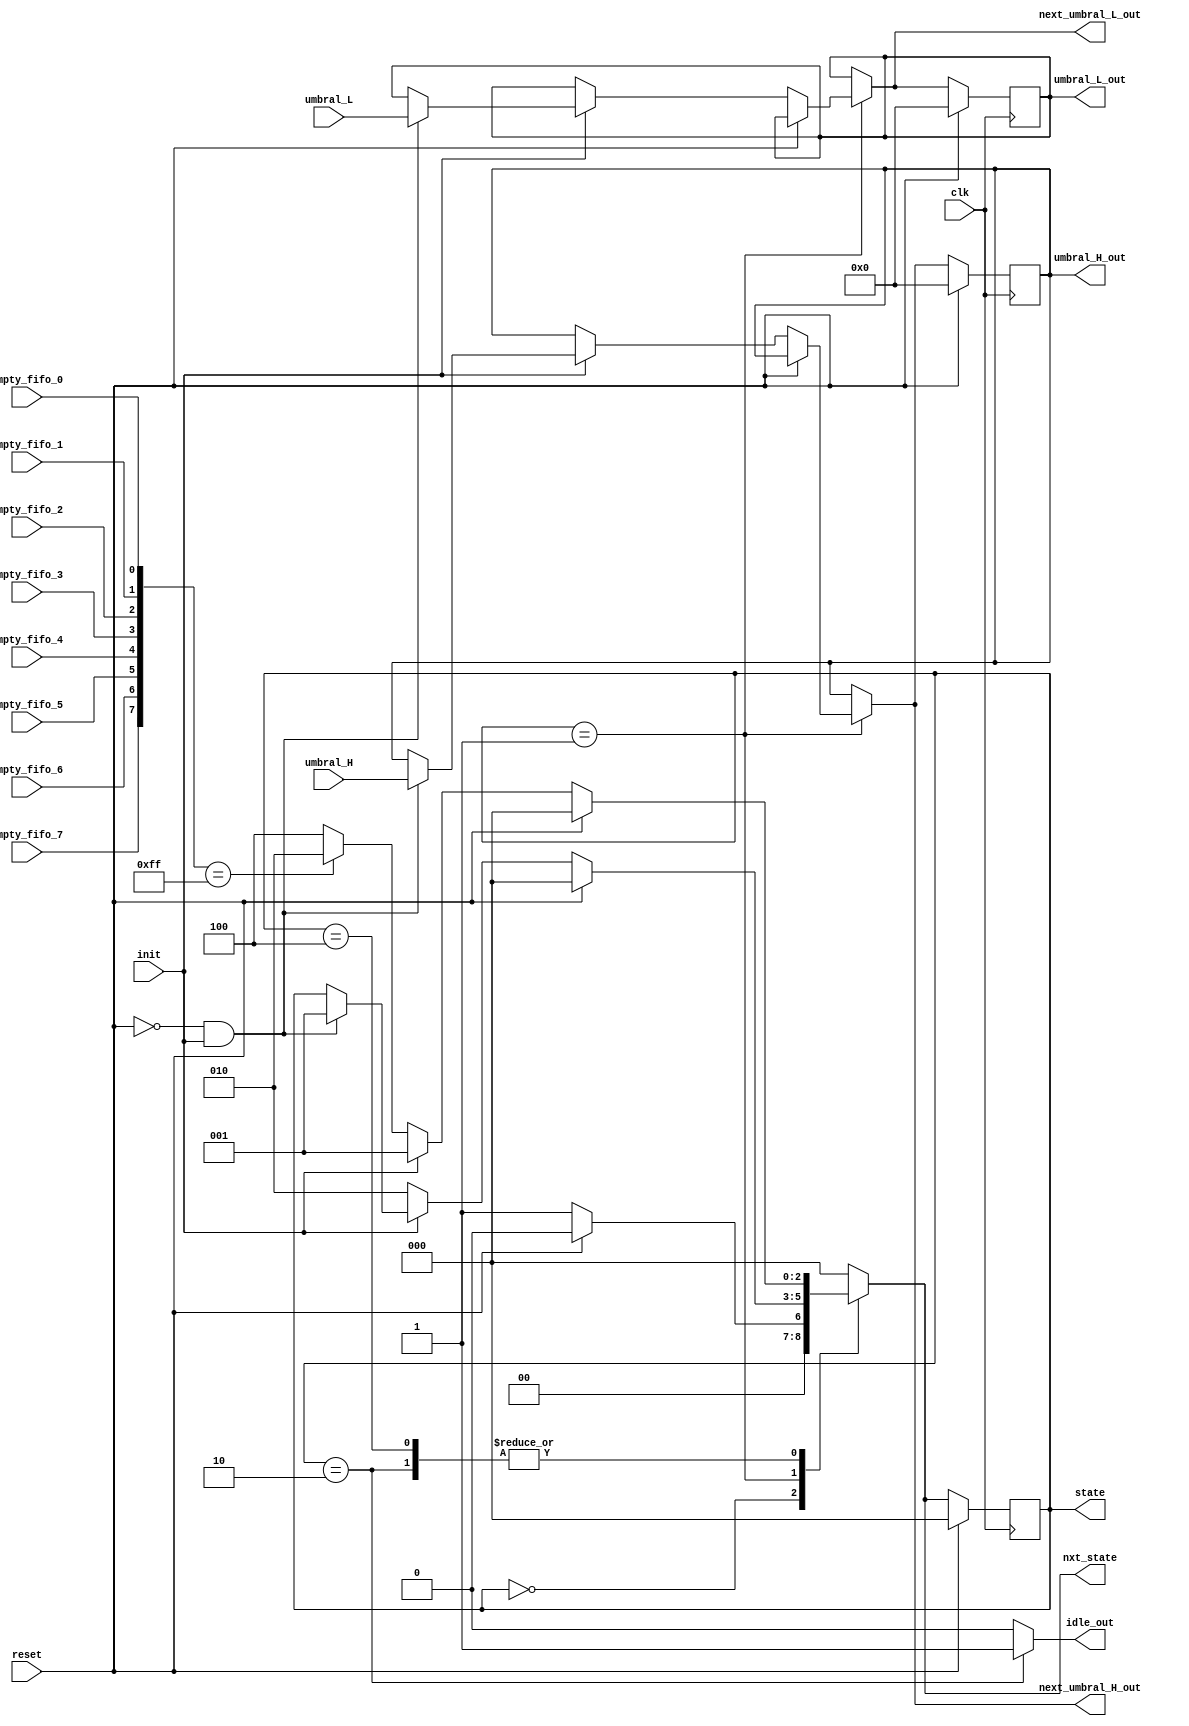
module fsm
#(parameter UMBRALES_L_H = 8)
(
    input clk,
    input reset,
    input init,
    input [UMBRALES_L_H-1:0] umbral_L,
    input [UMBRALES_L_H-1:0] umbral_H,
    input empty_fifo_0,
    input empty_fifo_1,
    input empty_fifo_2,
    input empty_fifo_3,
    input empty_fifo_4,
    input empty_fifo_5,
    input empty_fifo_6,
    input empty_fifo_7,
    output reg [2:0] state,
    output reg [2:0] nxt_state,
    output reg [UMBRALES_L_H-1:0] umbral_L_out,
    output reg [UMBRALES_L_H-1:0] next_umbral_L_out,
    output reg [UMBRALES_L_H-1:0] umbral_H_out,
    output reg [UMBRALES_L_H-1:0] next_umbral_H_out,
    //output reg next_idle,
    output reg idle_out
);
    reg [7:0] FIFO_empties;
   
    parameter RESET = 0;    //000
    parameter INIT =1; //001
    parameter IDLE = 2;  //010
    parameter ACTIVE = 4;    //100
    
    always @(posedge clk) 
    begin
        if (reset==1) 
        begin
            state <= RESET;
            umbral_L_out<=8'b00000000;
            umbral_H_out<=8'b00000000;
        end
        else 
        begin
            state <= nxt_state;
            umbral_L_out <= next_umbral_L_out;
            umbral_H_out <= next_umbral_H_out;
        end
    end
    always @(*) begin
        idle_out = 0;
        nxt_state = state;
        next_umbral_L_out = umbral_L_out;
        next_umbral_H_out = umbral_H_out;
        FIFO_empties[0] = empty_fifo_0; 
        FIFO_empties[1] = empty_fifo_1; 
        FIFO_empties[2] = empty_fifo_2; 
        FIFO_empties[3] = empty_fifo_3; 
        FIFO_empties[4] = empty_fifo_4; 
        FIFO_empties[5] = empty_fifo_5; 
        FIFO_empties[6] = empty_fifo_6; 
        FIFO_empties[7] = empty_fifo_7; 
        case(state)
            RESET:
                begin
                    if (reset==0) nxt_state = INIT;  
                    else nxt_state = RESET;
                end 

            INIT: 
                begin
                    if (reset==1) nxt_state = RESET; 
                    else if (init==0) nxt_state = IDLE; 
                    else if (reset==0 && init==1)
                    begin
                        next_umbral_L_out = umbral_L;
                        next_umbral_H_out = umbral_H;
                        nxt_state = INIT; 
                    end 

                end 
            IDLE: 
                begin
                    idle_out = 1;
                    if (reset==1) nxt_state = RESET;
                    else if (init==1) nxt_state = INIT;
                    else if (FIFO_empties == 'b11111111) nxt_state = IDLE;
                    else nxt_state = ACTIVE;
                end
            ACTIVE: 
            begin         
                    nxt_state = ACTIVE;
                    idle_out = 0;
                    if (reset==1) nxt_state = RESET;
                    else if (init==1) nxt_state = INIT;
                    else if (FIFO_empties == 'b11111111) nxt_state = IDLE;
                end
            default: nxt_state = RESET; 
        endcase    
    end
endmodule